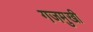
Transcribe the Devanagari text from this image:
गजमुखी